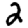
Digit: 2